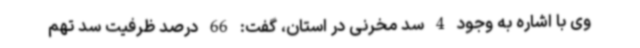
وی با اشاره به وجود 4 سد مخرنی در استان، گفت: 66 درصد ظرفیت سد تهم